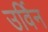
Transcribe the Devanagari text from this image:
उर्विन